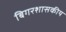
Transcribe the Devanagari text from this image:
बिगरशासकीय